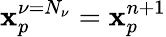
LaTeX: \mathbf{x}_{p}^{\nu=N_{\nu}}=\mathbf{x}_{p}^{n+1}